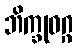
ဘိက္ခုဝဂ္ဂ